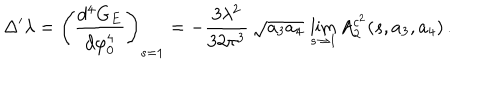
LaTeX: \Delta ^ { \prime } \lambda = \left( \frac { d ^ { 4 } G _ { E } } { d \varphi _ { 0 } ^ { 4 } } \right) _ { s = 1 } = - \frac { 3 \lambda ^ { 2 } } { 3 2 \pi ^ { 3 } } \, \sqrt { a _ { 3 } a _ { 4 } } \, \lim _ { s \rightarrow 1 } A _ { 2 } ^ { c ^ { 2 } } ( s , a _ { 3 } , a _ { 4 } ) \, .